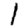
Digit: 1